Annual administration report of the Civil Veterinary Department of India - 1897-1898
Year: 1897
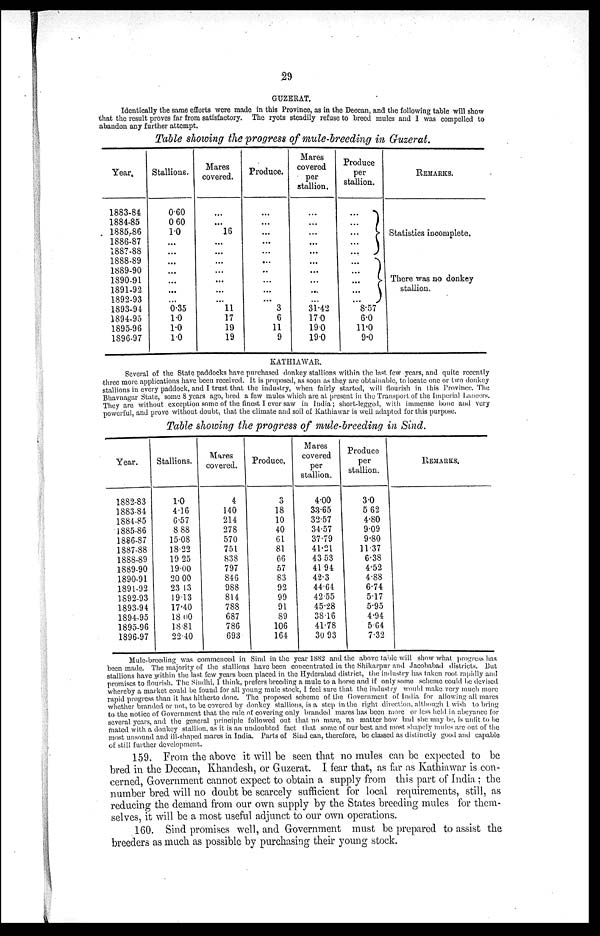
29
GUZERAT.
Identically the same efforts were made in this Province, as in the Deccan, and the following table will show
that the result proves far from satisfactory. The ryots steadily refuse to breed mules and I was compelled to
abandon any further attempt.
Table showing the progress of mule-breeding in Guzerat.
Year.
1883-84
1884-85
1885-86
1886-87
1887-88
1888-89
1889-90
1890-91
1891-92
1892-93
1893-94
1894-95
1895-96
1896-97
Stallions.
0.60
0.60
1.0
...
...
...
...
...
...
...
0.35
1.0
1.0
1.0
Mares
covered.
...
...
16
...
...
...
...
...
...
...
11
17
19
19
Produce.
...
...
...
...
...
..
...
...
...
3
6
11
9
Mares
covered
per
stallion.
...
...
...
...
...
...
...
...
...
31.42
17.0
19.0
19.0
Produce
per
stallion.
...
... }
...
... ...
...
...
}
...
...
8.57
6.0
11.0
9.0
REMARKS.
Statistics incomplete.
There was no donkey
stallion.
KATHIAWAR.
Several of the State paddocks have purchased donkey stallions within the last few years, and quite recently
three more applications have been received. It is proposed, as soon as they are obtainable, to locate one or two donkey
stallions in every paddock, and I trust that the industry, when fairly started, will flourish in this Province. The
Bhavnagar State, some 8 years ago, bred a few mules which are at present in the Transport of the Imperial Lancers.
They are without exception some of the finest I ever saw in India; short-legged, with immense bone and very
powerful, and prove without doubt, that the climate and soil of Kathiawar is well adapted for this purpose.
Table showing the progress of mule-breeding in Sind.
Year.
1882-83
1883-84
1884-85
1885-86
1886-87
1887-88
1888-89
1889-90
1890-91
1891-92
1892-93
1893-94
1894-95
1895-96
1896-97
Stallions.
1.0
4.16
6.57
8.88
15.08
18.22
19.25
19.00
20.00
23.13
19.13
17.40
18.00
18.81
22.40
Mares
covered.
4
140
214
278
570
751
838
797
846
988
814
788
687
786
693
Produce,
3
18
10
40
61
81
66
57
83
92
99
91
89
106
164
Mares
covered
per
stallion.
4.00
33.65
32.57
34.57
37.79
41.21
43.53
41.94
42.3
44.64
42.55
45.28
38.16
41.78
30.93
Produce
per
stallion.
3.0
5.62
4.80
9.09
9.80
11.37
6.38
4.52
4.88
6.74
5.17
5.95
4.94
5.64
7.32
REMARKS.
Mule-breeding was commenced in Sind in the year 1882 and the above table will show what progress has
been made. The majority of the stallions have been concentrated in the Shikarpur and Jacobabad districts. But
stallions have within the last few years been placed in the Hyderabad district, the industry has taken root rapidly and
promises to flourish. The Sindhi, I think, prefers breeding a mule to a horse and if only some scheme could be devised
whereby a market could be found for all young mule stock, I feel sure that the industry would make very much more
rapid progress than it has hitherto done. The proposed scheme of the Government of India for allowing all marcs
whether branded or not, to be covered by donkey stallions, is a step in the right direction, although I wish to bring
to the notice of Government that the rule of covering only branded mares has been more or less held in abeyance for
several years, and the general principle followed out that no mare, no matter how bad she may be, is unlit to be
mated with a donkey stallion, as it is an undoubted fact that some of our best and most shapely mules are out of the
most unsound and ill-shaped mares in India. Parts of Sind can, therefore, be classed as distinctly good and capable
of still further development.
159. From the above it will be seen that no mules can be expected to be
bred in the Deccan, Khandesh, or Guzerat. I fear that, as far as Kathiawar is con-
cerned, Government cannot expect to obtain a supply from this part of India; the
number bred will no doubt be scarcely sufficient for local requirements, still, as
reducing the demand from our own supply by the States breeding mules for them-
selves, it will be a most useful adjunct to our own operations.
160. Sind promises well, and Government must be prepared to assist the
breeders as much as possible by purchasing their young stock.